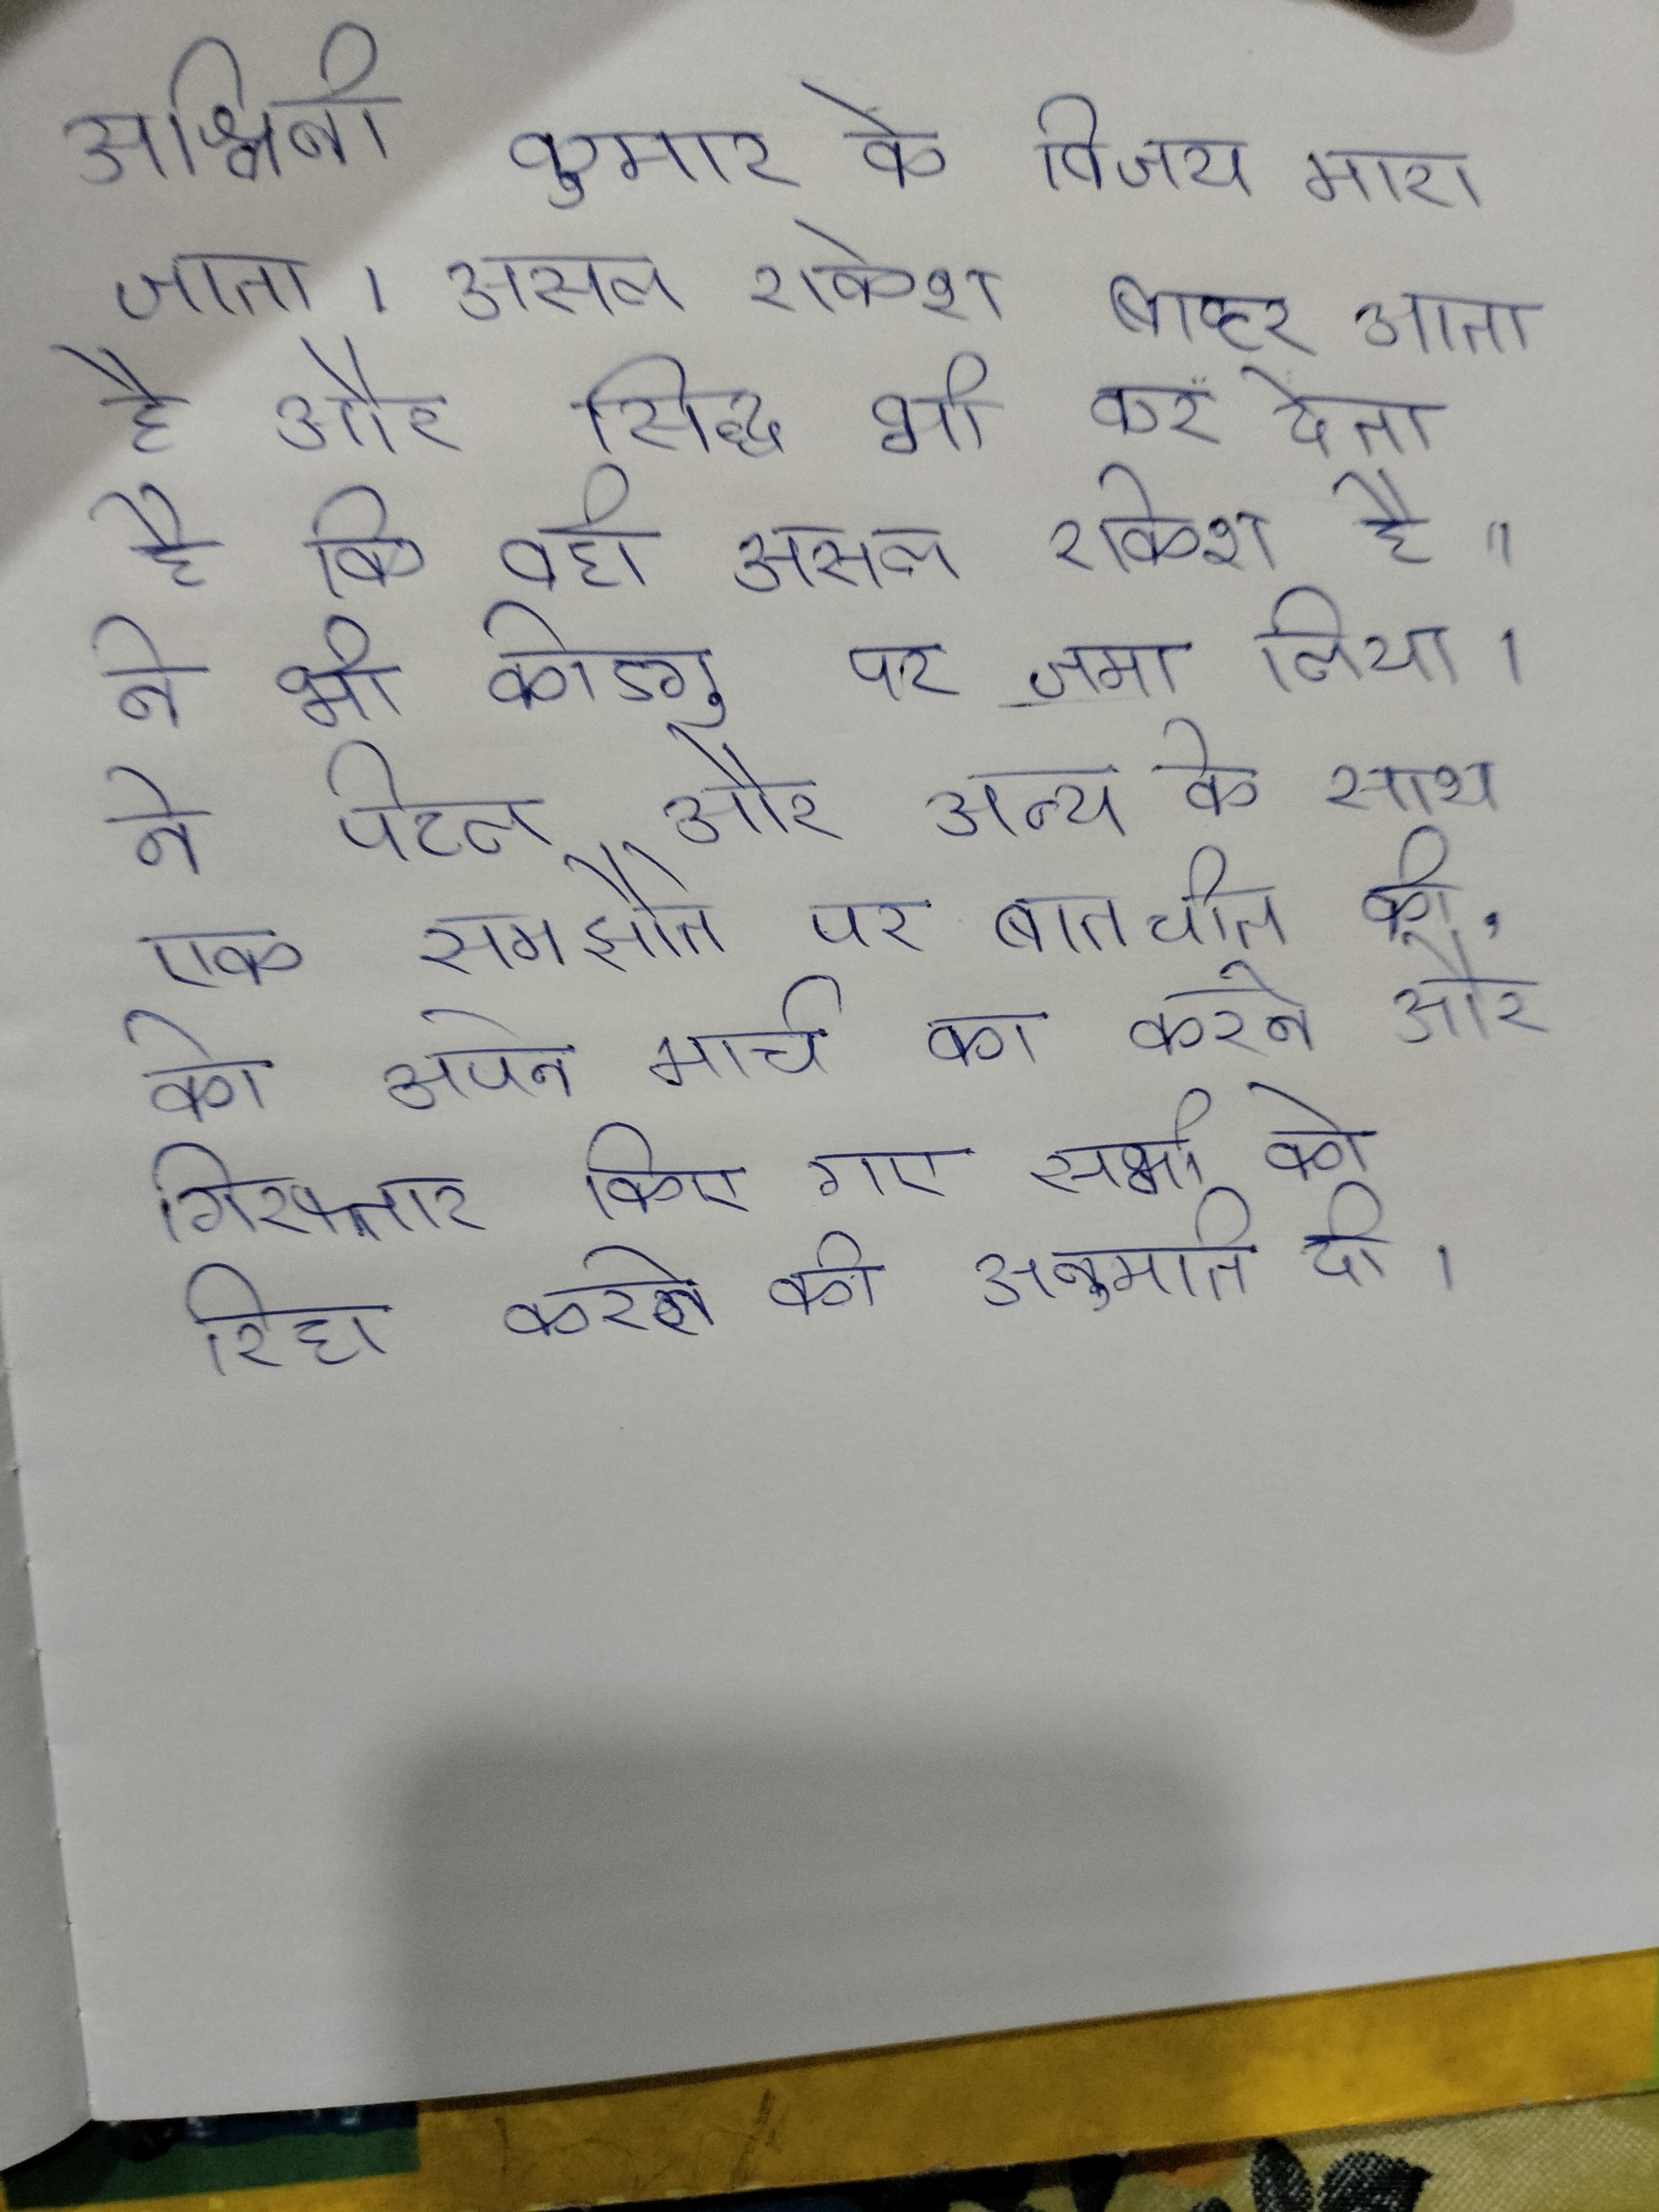
अश्विनी कुमार के विजय मारा जाता । असल राकेश बाहर आता है और सिद्ध भी कर देता है कि वही असल राकेश है । ने भी कोडगु पर जमा लिया । ने पटेल और अन्य के साथ एक समझौते पर बातचीत की, को अपने मार्च का करने और गिरफ्तार किए गए सभी को रिहा करने की अनुमति दी ।